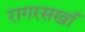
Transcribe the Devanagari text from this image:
रागरसखाँ